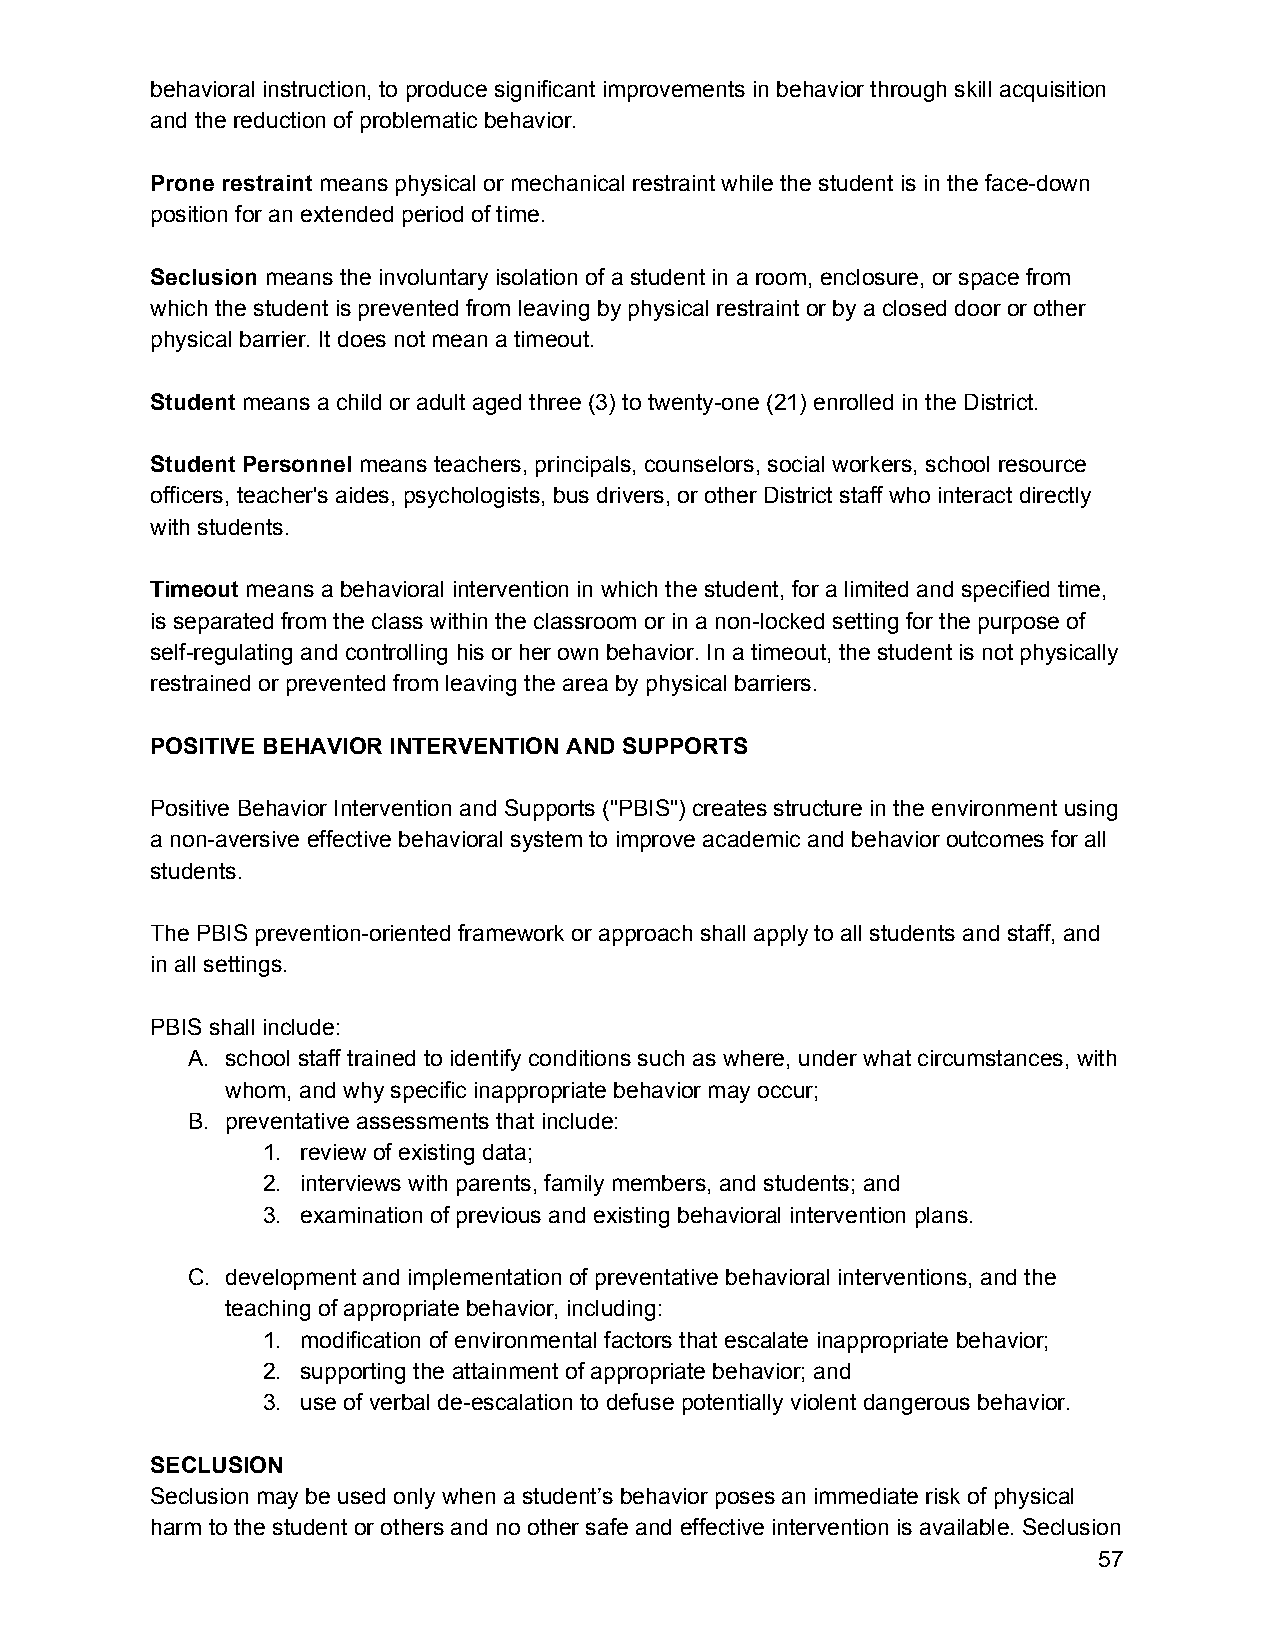
behavioral instruction, to produce significant improvements in behavior through skill acquisition
 and the reduction of problematic behavior.
 Prone restraint means physical or mechanical restraint while the student is in the face-down
 ​ ​    ​
 position for an extended period of time.
 Seclusion means the involuntary isolation of a student in a room, enclosure, or space from
 ​
 which the student is prevented from leaving by physical restraint or by a closed door or other
 physical barrier. It does not mean a timeout.
 Student means a child or adult aged three (3) to twenty-one (21) enrolled in the District.
 ​
 Student Personnel means teachers, principals, counselors, social workers, school resource
 ​
 officers, teacher's aides, psychologists, bus drivers, or other District staff who interact directly
 with students.
 Timeout means a behavioral intervention in which the student, for a limited and specified time,
 ​
 is separated from the class within the classroom or in a non-locked setting for the purpose of
 self-regulating and controlling his or her own behavior. In a timeout, the student is not physically
 restrained or prevented from leaving the area by physical barriers.
 POSITIVE BEHAVIOR INTERVENTION AND SUPPORTS
 Positive Behavior Intervention and Supports ("PBIS") creates structure in the environment using
 a non-aversive effective behavioral system to improve academic and behavior outcomes for all
 students.
 The PBIS prevention-oriented framework or approach shall apply to all students and staff, and
 in all settings.
 PBIS shall include:
 A. school staff trained to identify conditions such as where, under what circumstances, with
 whom, and why specific inappropriate behavior may occur;
 B. preventative assessments that include:
 1. review of existing data;
 2. interviews with parents, family members, and students; and
 3. examination of previous and existing behavioral intervention plans.
 C. development and implementation of preventative behavioral interventions, and the
 teaching of appropriate behavior, including:
 1. modification of environmental factors that escalate inappropriate behavior;
 2. supporting the attainment of appropriate behavior; and
 3. use of verbal de-escalation to defuse potentially violent dangerous behavior.
 SECLUSION
 Seclusion may be used only when a student’s behavior poses an immediate risk of physical
 harm to the student or others and no other safe and effective intervention is available. Seclusion
 57